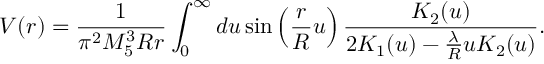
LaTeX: V ( r ) = \frac { 1 } { \pi ^ { 2 } M _ { 5 } ^ { 3 } R r } \int _ { 0 } ^ { \infty } d u \sin \left( \frac { r } { R } u \right) \frac { K _ { 2 } ( u ) } { 2 K _ { 1 } ( u ) - \frac { \lambda } { R } u K _ { 2 } ( u ) } .